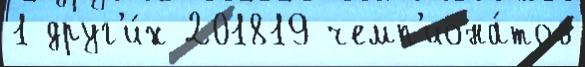
1 друг'и́х 201819 чемп'иона́тов